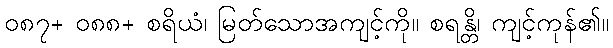
၀၈၇+ ၀၈၈+ စရိယံ၊ မြတ်သောအကျင့်ကို။ စရန္တိ၊ ကျင့်ကုန်၏။